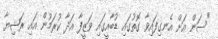
"ސަން އަށް އެނގިފައިވާ ގޮތުގައި ޑުބާއީގައި ވަޒީފާ އަދާ ކުރަމުން އައި ރަޝިޔާ